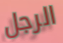
الرجل